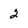
Character: 2